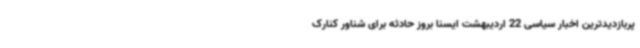
پربازدیدترین اخبار سیاسی 22 اردیبهشت ایسنا بروز حادثه برای شناور کنارک